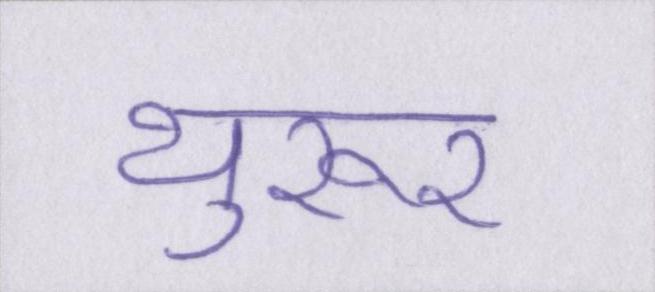
थुरूर